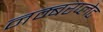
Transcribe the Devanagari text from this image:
नम्बरप्लेट